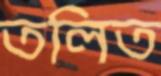
তলিত